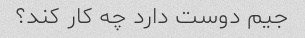
جیم دوست دارد چه کار کند؟